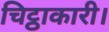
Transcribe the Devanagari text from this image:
चिट्ठाकारी।